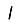
Digit: 1